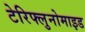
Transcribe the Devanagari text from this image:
टेरिफ्लुनोमाइड